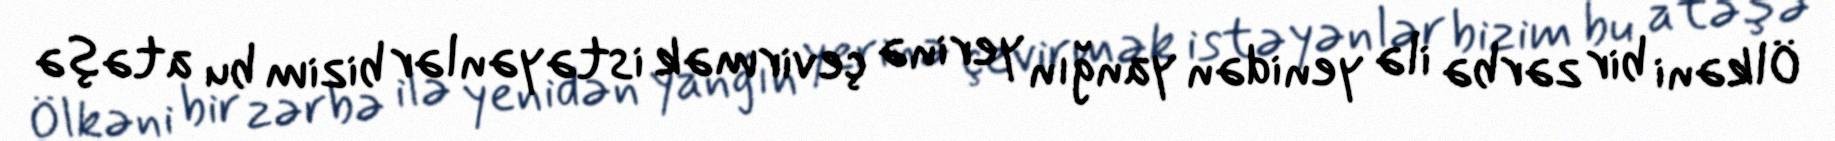
Ölkəni bir zərbə ilə yenidən yanğın yerinə çevirmək istəyənlər bizim bu atəşə